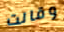
وقالت